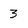
Character: 3